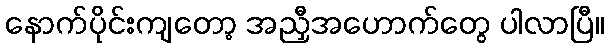
နောက်ပိုင်းကျတော့ အညှီအဟောက်တွေ ပါလာပြီ။